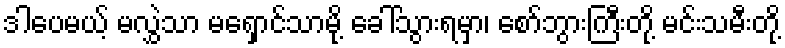
ဒါပေမယ့် မလွှဲသာ မရှောင်သာမို့ ခေါ်သွားရမှာ၊ စော်ဘွားကြီးတို့ မင်းသမီးတို့